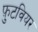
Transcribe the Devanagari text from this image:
फ़ुटवियर